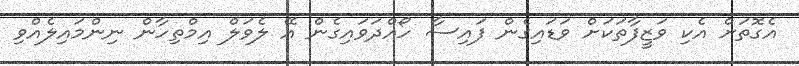
އެގޮތަށް އެކި ވަޒީފާތަކަށް ވަޑައިގެން ފައިސާ ހޯއްދަވައިގެން އޭ ލެވަލް އިމްތިހާން ނިންމައިލެެއްވި